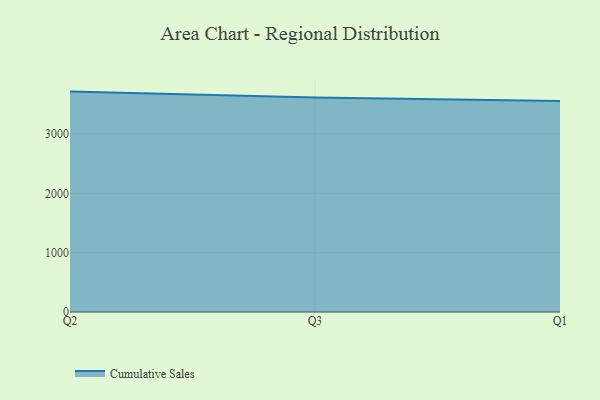
{"axis": {"x": "Quarter", "y": "Tickets Resolved"}, "legend": ["Cumulative Sales"], "data": [{"x": "Q2", "y": 3714.3, "type": "Cumulative Sales"}, {"x": "Q3", "y": 3616.5, "type": "Cumulative Sales"}, {"x": "Q1", "y": 3555.3, "type": "Cumulative Sales"}]}